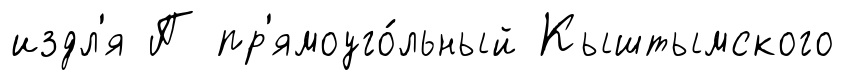
издл'я П пр'ямоуго́льный Кыштымского